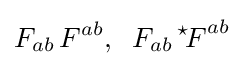
F_{ab}\,F^{ab},\;\;F_{ab}\,{{}^{\star }\!F}^{ab}